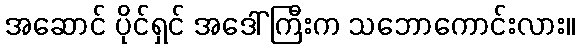
အဆောင် ပိုင်ရှင် အဒေါ်ကြီးက သဘောကောင်းလား။